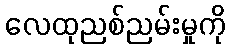
လေထုညစ်ညမ်းမှုကို